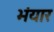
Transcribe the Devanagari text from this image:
भंयार